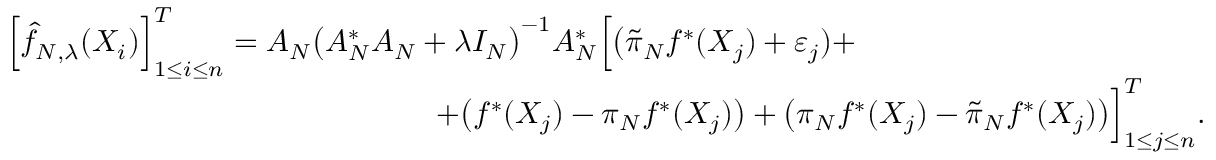
\begin{array} { r l r } { \lefteqn { \Big [ \widehat f _ { N , \lambda } ( X _ { i } ) \Big ] _ { 1 \leq i \leq n } ^ { T } = A _ { N } \big ( A _ { N } ^ { * } A _ { N } + \lambda I _ { N } \big ) ^ { - 1 } A _ { N } ^ { * } \Big [ \big ( \widetilde \pi _ { N } f ^ { * } ( X _ { j } ) + \varepsilon _ { j } ) + } } \\ & { } & { \qquad \qquad \qquad \qquad \qquad \qquad + \big ( f ^ { * } ( X _ { j } ) - \pi _ { N } f ^ { * } ( X _ { j } ) \big ) + \big ( \pi _ { N } f ^ { * } ( X _ { j } ) - \widetilde \pi _ { N } f ^ { * } ( X _ { j } ) \big ) \Big ] _ { 1 \leq j \leq n } ^ { T } . } \end{array}